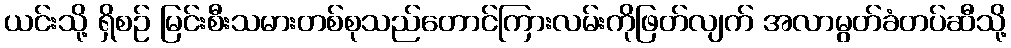
ယင်းသို့ ရှိစဉ် မြင်းစီးသမားတစ်စုသည်တောင်ကြားလမ်းကိုဖြတ်လျက် အလာမွတ်ခံတပ်ဆီသို့